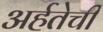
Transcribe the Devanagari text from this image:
अर्हतेची